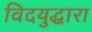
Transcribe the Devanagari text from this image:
विदयुद्धारा